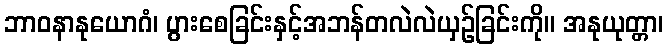
ဘာဝနာနုယောဂံ၊ ပွားစေခြင်းနှင့်အဘန်တလဲလဲယှဉ်ခြင်းကို။ အနုယုတ္တာ၊